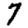
Digit: 7